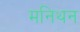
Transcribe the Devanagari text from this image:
मनिथन